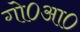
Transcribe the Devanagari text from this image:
गो०आ०